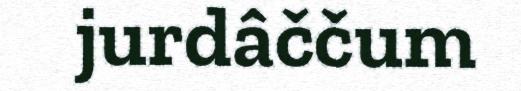
jurdâččum